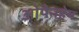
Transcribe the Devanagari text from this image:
ओपेनहेम